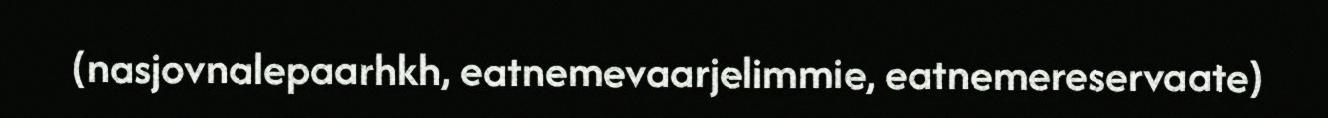
(nasjovnalepaarhkh, eatnemevaarjelimmie, eatnemereservaate)